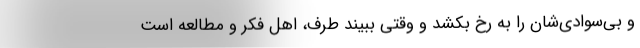
و بی‌سوادی‌شان را به رخ بکشد و وقتی ببیند طرف، اهل فکر و مطالعه است